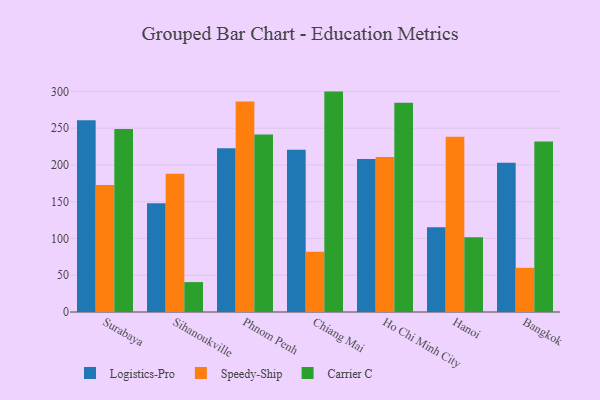
{"axis": {"x": "City", "y": "Page Views"}, "legend": ["Carrier C", "Logistics-Pro", "Speedy-Ship"], "data": [{"x": "Surabaya", "y": 260.8, "type": "Logistics-Pro"}, {"x": "Surabaya", "y": 172.6, "type": "Speedy-Ship"}, {"x": "Surabaya", "y": 248.9, "type": "Carrier C"}, {"x": "Sihanoukville", "y": 147.8, "type": "Logistics-Pro"}, {"x": "Sihanoukville", "y": 188.1, "type": "Speedy-Ship"}, {"x": "Sihanoukville", "y": 40.7, "type": "Carrier C"}, {"x": "Phnom Penh", "y": 222.9, "type": "Logistics-Pro"}, {"x": "Phnom Penh", "y": 286.4, "type": "Speedy-Ship"}, {"x": "Phnom Penh", "y": 241.3, "type": "Carrier C"}, {"x": "Chiang Mai", "y": 220.8, "type": "Logistics-Pro"}, {"x": "Chiang Mai", "y": 81.8, "type": "Speedy-Ship"}, {"x": "Chiang Mai", "y": 299.8, "type": "Carrier C"}, {"x": "Ho Chi Minh City", "y": 208.1, "type": "Logistics-Pro"}, {"x": "Ho Chi Minh City", "y": 210.9, "type": "Speedy-Ship"}, {"x": "Ho Chi Minh City", "y": 284.7, "type": "Carrier C"}, {"x": "Hanoi", "y": 115.2, "type": "Logistics-Pro"}, {"x": "Hanoi", "y": 238.4, "type": "Speedy-Ship"}, {"x": "Hanoi", "y": 101.8, "type": "Carrier C"}, {"x": "Bangkok", "y": 203.0, "type": "Logistics-Pro"}, {"x": "Bangkok", "y": 60.1, "type": "Speedy-Ship"}, {"x": "Bangkok", "y": 232.0, "type": "Carrier C"}]}